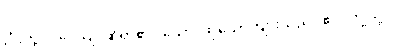
ဤသို့။ ဝဒေယျ၊ ဆိုရာ၏။ သော၊ ထိုယောကျ်ားသည်။ ဧဝံ၊ ဤသို့။